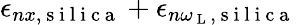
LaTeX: \epsilon_{nx,\mathrm{~s~i~l~i~c~a~}}+\epsilon_{n\omega_{\mathrm{~L~}},\mathrm{~s~i~l~i~c~a~}}